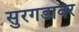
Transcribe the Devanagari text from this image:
सुरगडावर